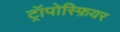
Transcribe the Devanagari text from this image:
ट्रॉपोस्फ़ियर